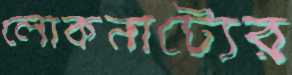
লোকনাট্যের